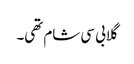
گلابی سی شام تھی۔